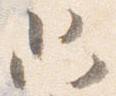
只